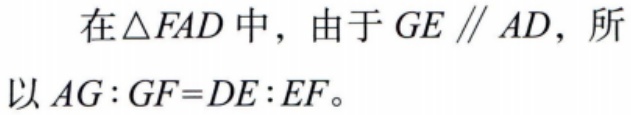
在\(\triangle FAD\)中，由于\(GE \parallel AD\)，所以\(AG:GF = DE:EF\)。